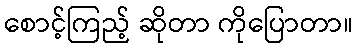
စောင့်ကြည့် ဆိုတာ ကိုပြောတာ။